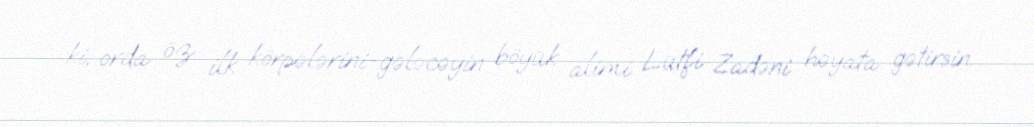
ki, orda öz ilk körpələrini-gələcəyin böyük alimi Lütfi Zadəni həyata gətirsin.